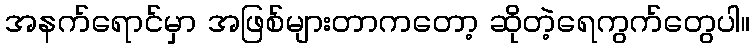
အနက်ရောင်မှာ အဖြစ်များတာကတော့ ဆိုတဲ့ရေကွက်တွေပါ။